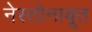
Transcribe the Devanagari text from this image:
नेस्तोनाबूत